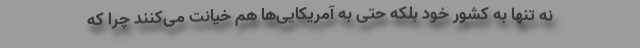
نه تنها به کشور خود بلکه حتی به آمریکایی‌ها هم خیانت می‌کنند چرا که